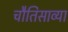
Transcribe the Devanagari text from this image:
चौतिसाव्या